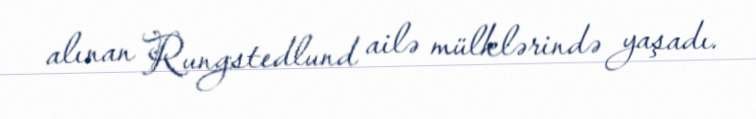
alınan Rungstedlund ailə mülklərində yaşadı.